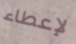
لإعطاء